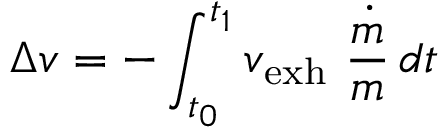
\Delta { v } = - \int _ { t _ { 0 } } ^ { t _ { 1 } } { v _ { \mathrm { e x h } } \ { \frac { \dot { m } } { m } } } \, d t